First report of the anti-malarial operations at Mian Mir, 1901-1903 - Number 6
Year: 1901
Disease focus: Malaria
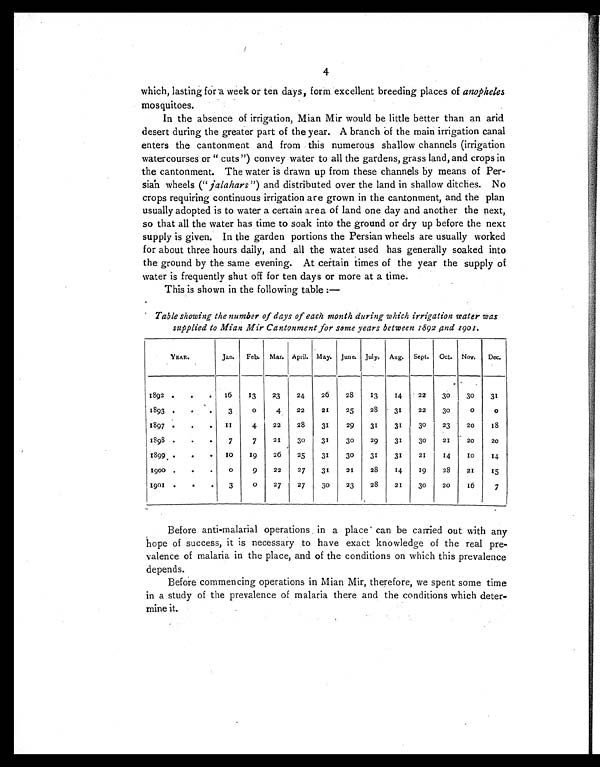
4
which, lasting for a week or ten days, form excellent breeding places of anopheles
mosquitoes.
In the absence of irrigation, Mian Mir would be little better than an arid
desert during the greater part of the year. A branch of the main irrigation canal
enters the cantonment and from this numerous shallow channels (irrigation
watercourses or "cuts") convey water to all the gardens, grass land, and crops in
the cantonment. The water is drawn up from these channels by means of Per-
sian wheels (" jalahars") and distributed over the land in shallow ditches. No
crops requiring continuous irrigation are grown in the cantonment, and the plan
usually adopted is to water a certain area of land one day and another the next,
so that all the water has time to soak into the ground or dry up before the next
supply is given. In the garden portions the Persian wheels are usually worked
for about three hours daily, and all the water used has generally soaked into
the ground by the same evening. At certain times of the year the supply of
water is frequently shut off for ten days or more at a time.
This is shown in the following table:—
Table showing the number of days of each month during which irrigation water was
supplied to Mian Mir Cantonment _for some years between 1892 and 1901.
YEAR.
Jan.
Feb.
Mar. April. May. June. July. Aug. Sept.
Oct. Nov.
Dec.
1892
•
16
13
23
24
26
28
13
14
22
30
30
31
1893
.
.
.
3
0
4
22
21
25
28
31
22
30
0
0
1897
.
.
11
4
22
28
31
29
31
31
30
23
20
18
1898
;
.
7
7
21
30
31
30
29
31
30
21
20
20
1899
.
.
10
19
26
25
31
30
31
31
21
14
10
14
1900
.
.
0
9
22
27
31
21
28
14
19
28
21
15
1901
.
3
0
27
27
30
23
28
21
30
20
16
7
Before anti-malarial operations in a place can be carried out with any
hpe of success, it is necessary to have exact knowledge of the real pre-
valence of malaria in the place, and of the conditions on which this prevalence
depends.
Before commencing operations in Mian Mir, therefore, we spent some time
in a study of the prevalence of malaria there and the conditions which deter-
mine it.